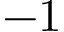
- 1